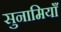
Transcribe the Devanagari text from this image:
सुनामियाँ